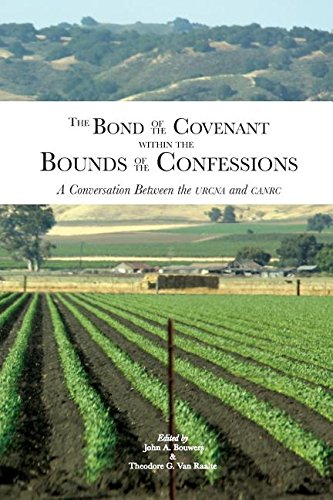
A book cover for The Bond of the Covenant within the Bounds of the Confessions: : A Conversation Between the URCNA and CanRC; Daniel R. Hyde; Christian Books & Bibles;